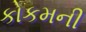
કોકમની